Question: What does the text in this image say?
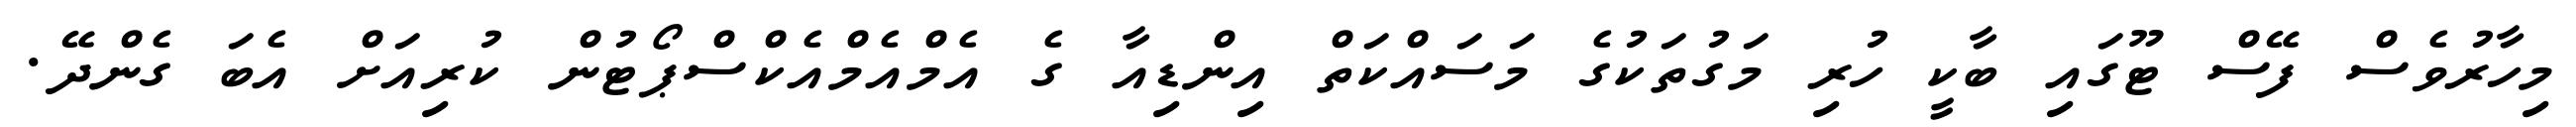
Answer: މިހާރުވެސް ފޭސް ޓޫގައި ބާކީ ހުރި މަގުތަކުގެ މަސައްކަތް އިންޑިއާ ގެ އެމްއެމްއެކްސްޕޯޓުން ކުރިއަށް އެބަ ގެންދޭ.